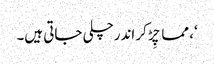
‘، مما چِڑ کر اندرچلی جاتی ہیں۔